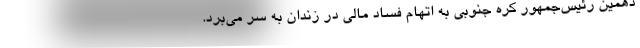
دهمین رئیس‌جمهور کره جنوبی به اتهام فساد مالی در زندان به سر می‌برد.